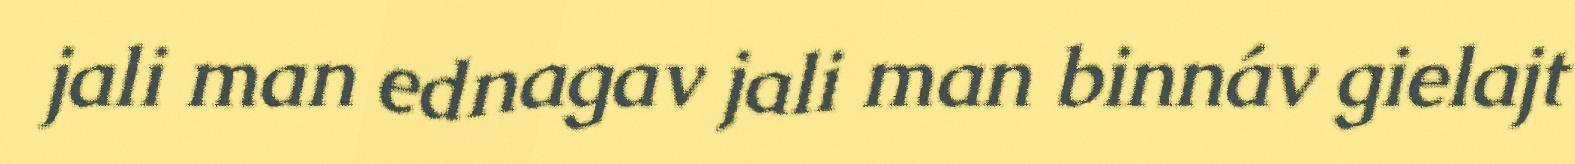
jali man ednagav jali man binnáv gielajt